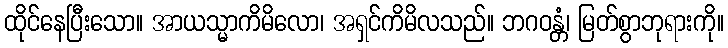
ထိုင်နေပြီးသော။ အာယသ္မာကိမိလော၊ အရှင်ကိမိလသည်။ ဘဂဝန္တံ၊ မြတ်စွာဘုရားကို။